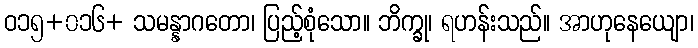
ဝ၁၅+၀၁၆+ သမန္နာဂတော၊ ပြည့်စုံသော။ ဘိက္ခု၊ ရဟန်းသည်။ အာဟုနေယျော၊